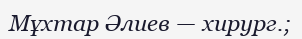
Мұхтар Әлиев — хирург.;